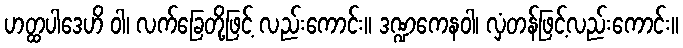
ဟတ္ထပါဒေဟိ ဝါ၊ လက်ခြေတို့ဖြင့် လည်းကောင်း။ ဒဏ္ဍကေနဝါ၊ လှံတန်ဖြင့်လည်းကောင်း။